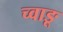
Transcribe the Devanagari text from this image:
च्वाङू